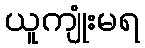
ယူကျုံးမရ